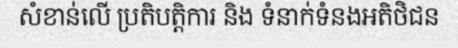
សំខាន់លើ ប្រតិបត្តិការ និង ទំនាក់ទំនងអតិថិជន